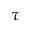
\tau